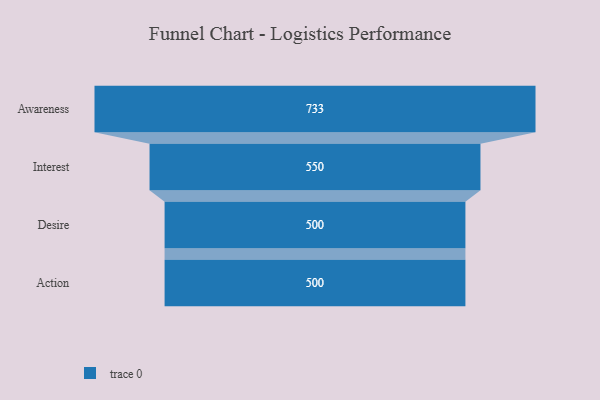
{"axis": {"x": "Stage", "y": "Value"}, "legend": [""], "data": [{"x": "Awareness", "y": 733.0, "type": ""}, {"x": "Interest", "y": 550.0, "type": ""}, {"x": "Desire", "y": 500, "type": ""}, {"x": "Action", "y": 500, "type": ""}]}